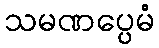
သမဏပ္ပေမံ